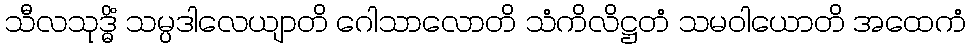
သီလသုဒ္ဓိံ သမ္ပဒါလေယျာတိ ဂေါသာလောတိ သံကိလိဋ္ဌတံ သမဝါယောတိ အထေကံ